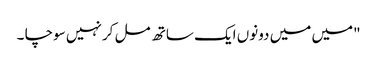
"میں میں دونوں ایک ساتھ مل کر نہیں سوچا ۔